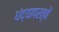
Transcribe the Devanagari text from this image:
धंद्यापरत्वें